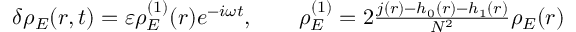
\begin{array} { r } { \delta \rho _ { E } ( r , t ) = \varepsilon \rho _ { E } ^ { ( 1 ) } ( r ) e ^ { - i \omega t } , \qquad \rho _ { E } ^ { ( 1 ) } = 2 \frac { j ( r ) - h _ { 0 } ( r ) - h _ { 1 } ( r ) } { N ^ { 2 } } \rho _ { E } ( r ) } \end{array}